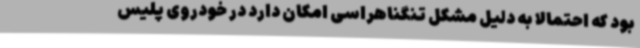
بود که احتمالا به‌ دلیل مشکل تنگناهراسی امکان دارد در خودروی پلیس